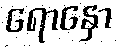
ရောနှော